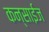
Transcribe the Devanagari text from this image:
कन्साईज